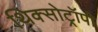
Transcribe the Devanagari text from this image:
थिक्सोट्रॉपी